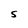
Character: S